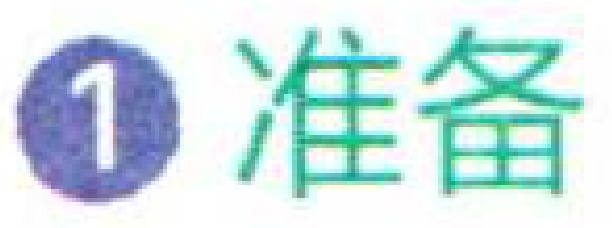
1 准备